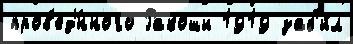
пров'ед'́нного Ракоши 1919 заб'и́л